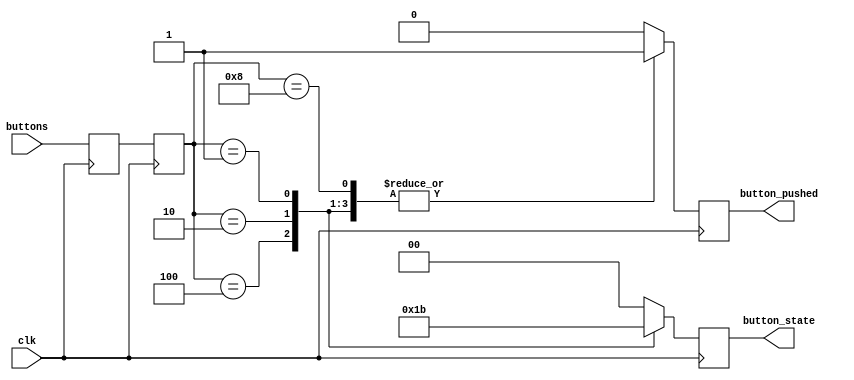
module user_input(
  input clk,

  input wire [3:0] buttons,

  output reg       button_pushed,
  output reg [1:0] button_state
);

reg [3:0] buttons_r1, buttons_sync;

always @(posedge clk) begin
  buttons_r1 <= buttons;
  buttons_sync <= buttons_r1;
end

always @(posedge clk) begin
  case (buttons_sync)
    4'b1000: begin
      button_state <= 2'b00;
      button_pushed <= 1'b1;
    end
    4'b0100: begin
      button_state <= 2'b01;
      button_pushed <= 1'b1;
    end
    4'b0010: begin
      button_state <= 2'b10;
      button_pushed <= 1'b1;
    end
    4'b0001: begin
      button_state <= 2'b11;
      button_pushed <= 1'b1;
    end
    default: begin
      button_state <= 2'b00;
      button_pushed <= 1'b0;
    end
  endcase
end

endmodule